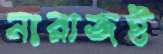
নারাজই